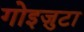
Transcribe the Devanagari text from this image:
गोइज़ुटा